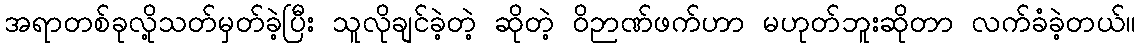
အရာတစ်ခုလို့သတ်မှတ်ခဲ့ပြီး သူလိုချင်ခဲ့တဲ့ ဆိုတဲ့ ဝိဉာဏ်ဖက်ဟာ မဟုတ်ဘူးဆိုတာ လက်ခံခဲ့တယ်။